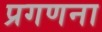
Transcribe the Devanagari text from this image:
प्रगणना